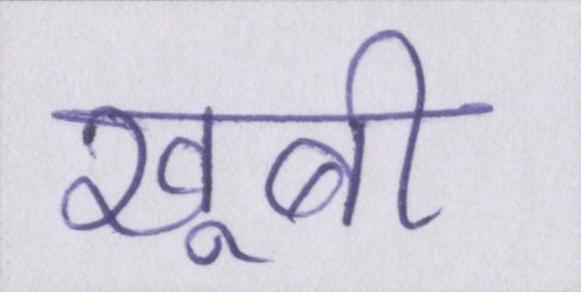
खूबी